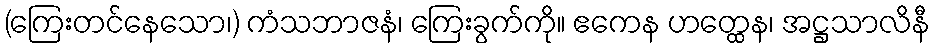
(ကြေးတင်နေသော၊) ကံသဘာဇနံ၊ ကြေးခွက်ကို။ ဧကေန ဟတ္ထေန၊ အဋ္ဌသာလိနီ